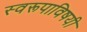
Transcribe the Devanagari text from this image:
स्वरूपाविषयी